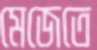
মেজেতে